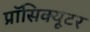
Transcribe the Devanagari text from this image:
प्रॉसिक्यूटर